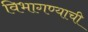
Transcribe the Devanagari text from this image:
विभागण्याची